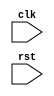
module sequential_logic_trigger (
    input wire clk,
    input wire rst,
    // other input and output ports
);

// Declare any internal signals or variables

always @(posedge rst) begin
    // Define the logic or operations to be executed when rst transitions from low to high
    // This block is triggered on the positive edge of the reset signal
end

endmodule